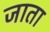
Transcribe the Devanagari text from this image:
जाता